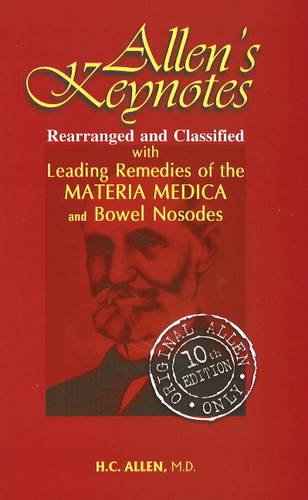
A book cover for Allen's Key-notes Rearranged & Classified: With Leading Remedies of the Materia Medica & Bowel Nosodes; Henry Clay Allen; Health, Fitness & Dieting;